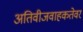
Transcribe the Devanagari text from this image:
अतिवीजवाहकतेवर